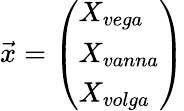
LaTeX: {\vec{x}}={\left(\begin{array}{l}{X_{vega}}\\ {X_{vanna}}\\ {X_{volga}}\end{array}\right)}